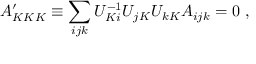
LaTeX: A _ { K K K } ^ { \prime } \equiv \sum _ { i j k } U _ { K i } ^ { - 1 } U _ { j K } U _ { k K } A _ { i j k } = 0 \ ,